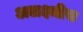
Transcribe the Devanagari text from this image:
अलक्ष्मीस